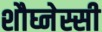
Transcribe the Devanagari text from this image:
शौघ्नेस्सी